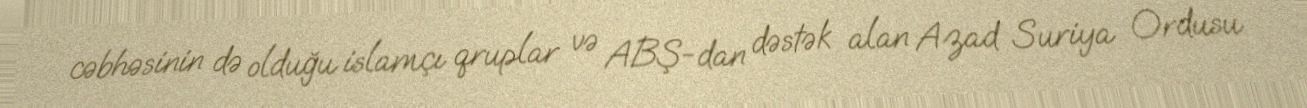
cəbhəsinin də olduğu islamçı qruplar və ABŞ-dan dəstək alan Azad Suriya Ordusu